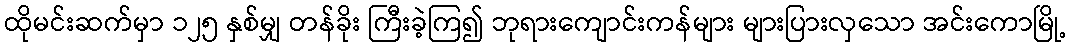
ထိုမင်းဆက်မှာ ၁၂၅ နှစ်မျှ တန်ခိုး ကြီးခဲ့ကြ၍ ဘုရားကျောင်းကန်များ များပြားလှသော အင်းကောမြို့